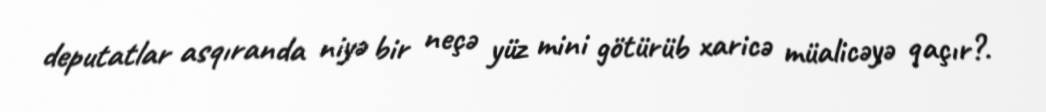
deputatlar asqıranda niyə bir neçə yüz mini götürüb xaricə müalicəyə qaçır?.